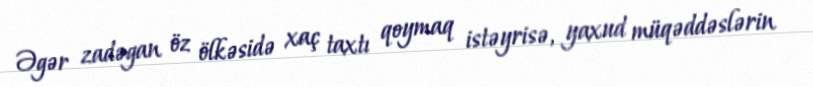
Əgər zadəgan öz ölkəsidə xaç taxtı qoymaq istəyrisə, yaxud müqəddəslərin